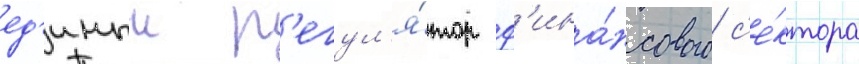
ед'иныи р'егул'я́тор ф'ина́нсового с'е́ктора